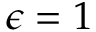
\epsilon = 1